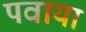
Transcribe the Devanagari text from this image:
पवाया